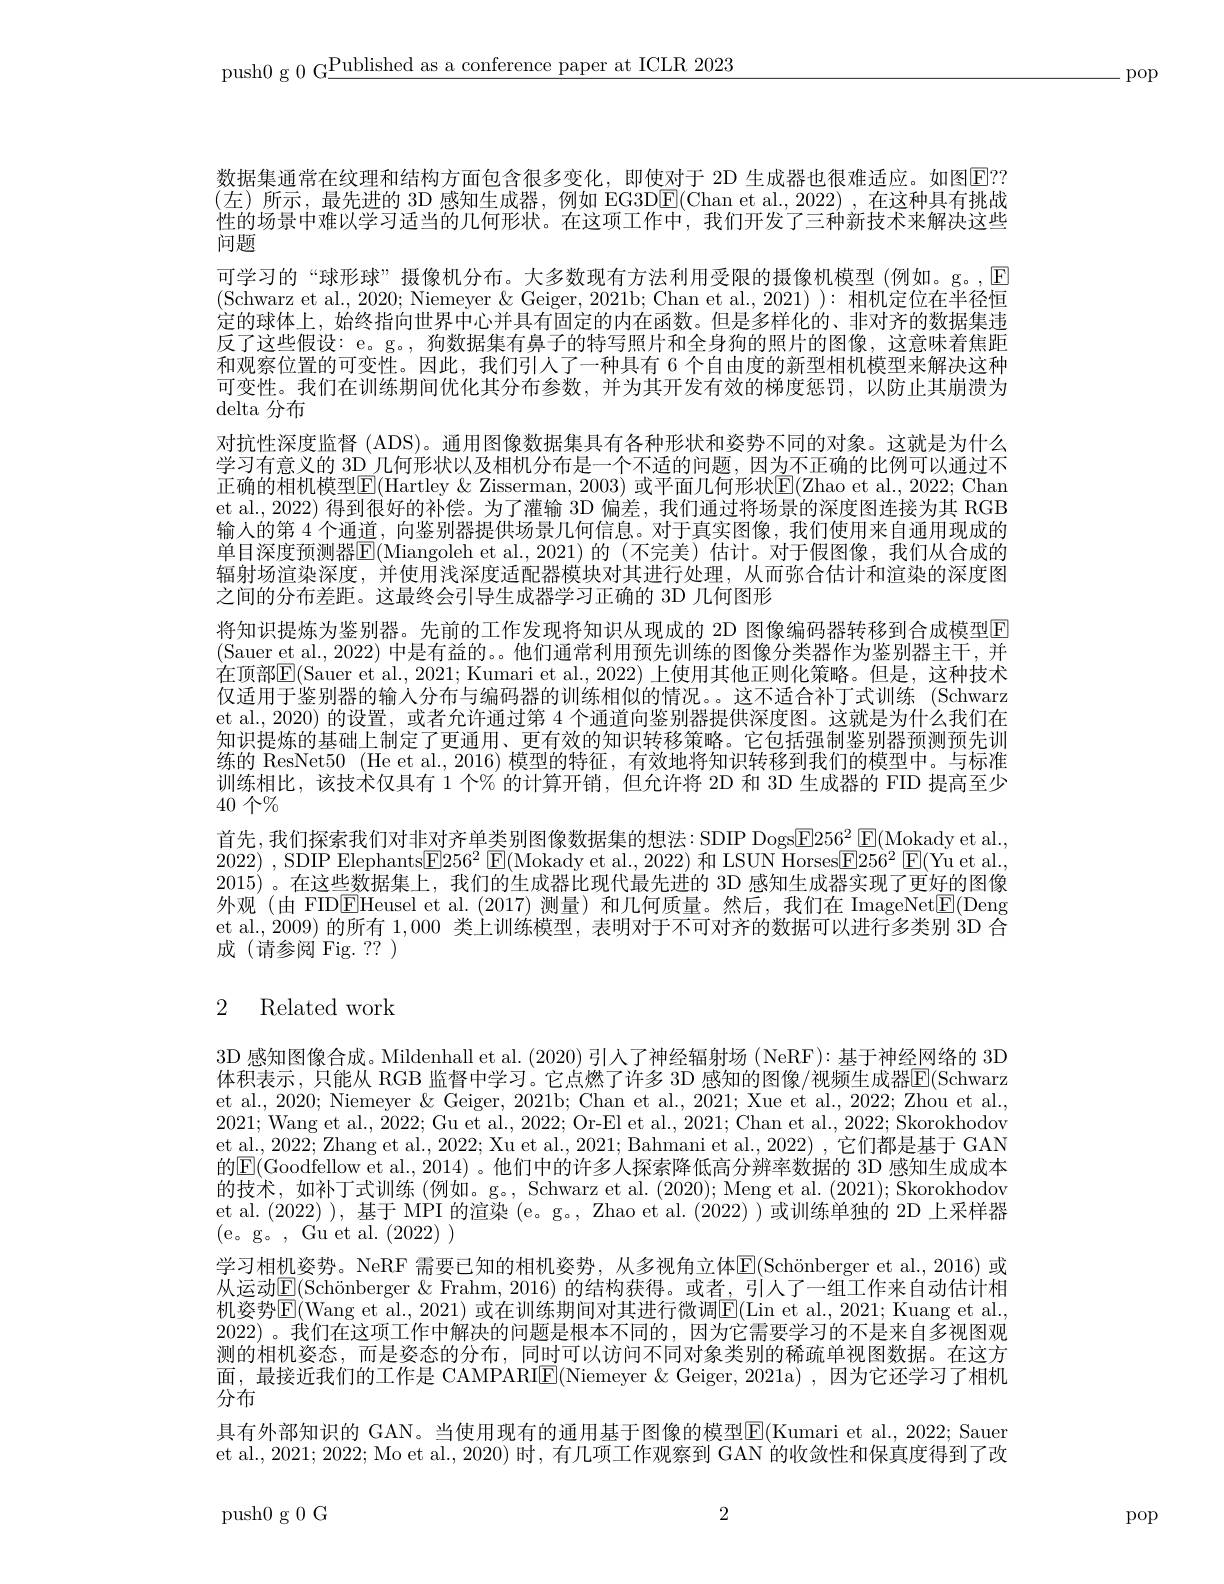
push0 g 0 G$\underline\text{Published as a conference paper at ICLR 2023}$

-pop

数据集通常在纹理和结构方面包含很多变化，即使对于 2D 生成器也很难适应。如图$\boxed{\mathrm{E}}??$ (左)所示，最先进的 3D 感知生成器，例如 EG3D$\boxed{\mathrm{F}}($Chan et al.,2022),在这种具有挑战时间， 性的场景中难以学习适当的几何形状。在这项工作中，我们开发了三种新技术来解决这些问题
可学习的“球形球” 摄像机分布。大多数现有方法利用受限的摄像机模型(例如。g。,$\boxed{\mathrm{E}}$ (Schwarz et al., 2020; Niemeyer & Geiger, 2021b; Chan et al., 2021) ): 相机定位在半径恒定的球体上，始终指向世界中心并具有固定的内在函数。但是多样化的、非对齐的数据集违反了这些假设：e。g。, 狗数据集有鼻子的特写照片和全身狗的照片的图像，这意味着焦距和观察位置的可变性。因此，我们引人了一种具有 6 个自由度的新型相机模型来解决这种可变性。我们在训练期间优化其分布参数，并为其开发有效的梯度惩罚，以防止其崩溃为delta 分布
对抗性深度监督 (ADS)。通用图像数据集具有各种形状和姿势不同的对象。这就是为什么学习有意义的 3D 几何形状以及相机分布是一个不适的问题，因为不正确的比例可以通过不正确的相机模型$\mathbb{E}($Hartley & Zisserman, 2003) 或平面几何形状$\mathbb{E}(\mathbb{Z}$hao et al., 2022; Chan et al., 2022) 得到很好的补偿。为了灌输 3D 偏差，我们通过将场景的深度图连接为其 RGB 输入的第 4 个通道，向鉴别器提供场景几何信息。对于真实图像，我们使用来自通用现成的单目深度预测器$\mathbb{E}($Miangoleh et al.,2021)的(不完美)估计。对于假图像，我们从合成的辐射场渲染深度，并使用浅深度适配器模块对其进行处理，从而弥合估计和渲染的深度图之间的分布差距。这最终会引导生成器学习正确的 3D 几何图形
将知识提炼为鉴别器。先前的工作发现将知识从现成的 2D 图像编码器转移到合成模型$\color{red}{\mathrm{E}}$ (Sauer et al., 2022) 中是有益的。。他们通常利用预先训练的图像分类器作为鉴别器主干，并在顶部E(Sauer et al., 2021; Kumari et al., 2022) 上使用其他正则化策略。但是，这种技术仅适用于鉴别器的输人分布与编码器的训练相似的情况。这不适合补丁式训练 (Schwarz et al.,2020) 的设置，或者允许通过第 4 个通道向鉴别器提供深度图。这就是为什么我们在知识提炼的基础上制定了更通用、更有效的知识转移策略。它包括强制鉴别器预测预先训练的 ResNet50 (He et al.,2016) 模型的特征，有效地将知识转移到我们的模型中。与标准训练相比，该技术仅具有 1 个% 的计算开销，但允许将 2D 和 3D 生成器的 FID 提高至少40 个$\%$
首先，我们探索我们对非对齐单类别图像数据集的想法：SDIP Dogs$\boxed{\mathrm{F}}256^2\boxed{\mathrm{E}}($Mokady et al., 2022) , SDIP Elephants$\boxed{\mathrm{F} }256^2$ $\boxed{\mathrm{F} }($Mokady et al., 2022) 和 LSUN Horses$\boxed{\mathrm{F} }256^2$ $\boxed{\mathrm{F} }($Yu et al. 2015)。在这些数据集上，我们的生成器比现代最先进的 3D 感知生成器实现了更好的图像外观(由 FIDEHeusel et al.(2017)测量)和几何质量。然后，我们在 ImageNet$\boxed{\mathrm{E}}($Deng et al., 2009) 的所有1，000类上训练模型，表明对于不可对齐的数据可以进行多类别 3D 合成(请参阅 Fig. ?? )

# 2 Related work

3D 感知图像合成。Mildenhall et al. (2020)引人了神经辐射场 (NeRF): 基于神经网络的 3D 体积表示，只能从 RGB 监督中学习。它点燃了许多 3D 感知的图像/视频生成器E(Schwarz et al., 2020; Niemeyer & Geiger, 2021b; Chan et al., 2021; Xue et al., 2022; Zhou et al., 2021; Wang et al., 2022; Gu et al., 2022; Or-El et al., 2021; Chan et al., 2022; Skorokhodov et al., 2022; Zhang et al., 2022; Xu et al., 2021; Bahmani et al., 2022),它们都是基于 GAN 的$\underline{\mathrm{E}}($Goodfellow et al., 2014) 。他们中的许多人探索降低高分辨率数据的 3D 感知生成成本的技术，如补丁式训练(例如。g。, Schwarz et al. (2020); Meng et al. (2021); Skorokhodov et al. (2022) ), 基于 MPI 的渲染 (e。g。, Zhao et al. (2022) ) 或训练单独的 2D 上采样器(e。g。,Gu et al.(2022))
学习相机姿势。NeRF 需要已知的相机姿势，从多视角立体E$( \text{Sch\" onbergeretal. , 2016) }$或从运动$\boxed{\mathrm{E}}($Schönberger &Frahm, 2016) 的结构获得。或者，引人了一组工作来自动估计相机姿势$\overline{\mathrm{E}}($Wang et al., 2021) 或在训练期间对其进行微调$\underline{\mathrm{E}}($Lin et al. 2021; Kuang et al. 2022) 。我们在这项工作中解决的问题是根本不同的，因为它需要学习的不是来自多视图观测的相机姿态，而是姿态的分布，同时可以访问不同对象类别的稀疏单视图数据。在这方面，最接近我们的工作是 CAMPARI$\boxed{\mathrm{E}}($Niemeyer &Geiger,2021a),因为它还学习了相机分布
具有外部知识的 GAN。当使用现有的通用基于图像的模型E(Kumari et al., 2022; Sauer et al., 2021; 2022; Mo et al., 2020) 时，有几项工作观察到 GAN 的收敛性和保真度得到了改

2

push0g0G

pop